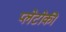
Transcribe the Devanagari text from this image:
प्लेटोकी